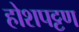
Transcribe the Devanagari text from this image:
होशपट्टण